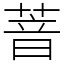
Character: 萻